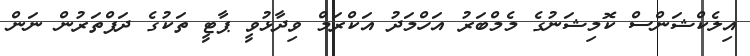
އިލެކްޝަންސް ކޮމިޝަނުގެ މެމްބަރު އަހްމަދު އަކްރަމް ވިދާޅުވީ ޕާޓީ ތަކުގެ ދަފްތަރުން ނަން